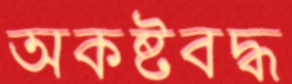
অকষ্টবদ্ধ